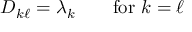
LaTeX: D _ { k \ell } = \lambda _ { k } \qquad { \mathrm { f o r ~ } } k = \ell